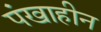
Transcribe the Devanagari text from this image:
पंखाहीन